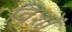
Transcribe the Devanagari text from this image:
विशों